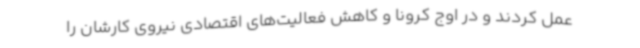
عمل کردند و در اوج کرونا و کاهش فعالیت‌های اقتصادی نیروی کارشان را